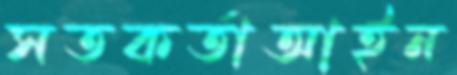
সতকর্তাআইন